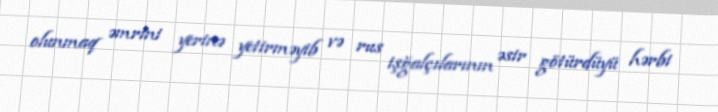
olunmaq əmrini yerinə yetirməyib və rus işğalçılarının əsir götürdüyü hərbi